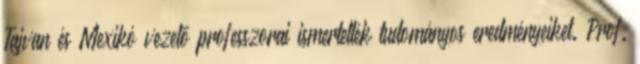
Tajvan és Mexikó vezetõ professzorai ismertették tudományos eredményeiket. Prof.